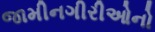
જામીનગીરીઓનો